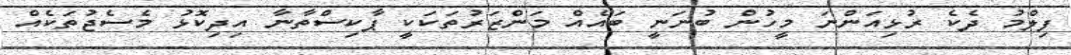
ފިލްމު ދެކެ ރުޅިއަންނަ މީހުން ބުނަނީ ބައެއް މަންޒަރުތަކަކީ ޕާކިސްތާނާ އިދިކޮޅު މެސެޖުތަކެއް